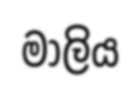
මාලිය